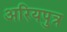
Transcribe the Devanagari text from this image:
अरियपुत्र